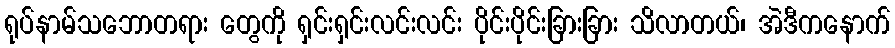
ရုပ်နာမ်သဘောတရား တွေကို ရှင်းရှင်းလင်းလင်း ပိုင်းပိုင်းခြားခြား သိလာတယ်၊ အဲဒီကနောက်